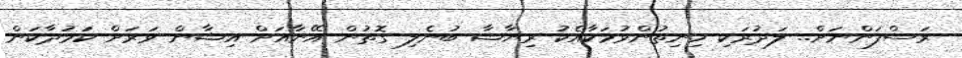
ރަސްފަންނަށް.. ލަދުރަކި ހިނިތުންވުމަކާއެކު ރިޔާޝާ ބުނެލި ގޮތުން އޭނާއަށް އިޝާން ވަރަށް ކަމުދާކަން